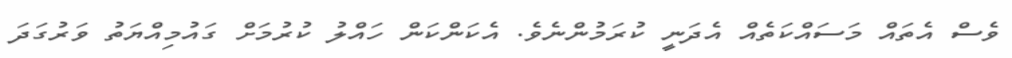
ވެސް އެތައް މަސައްކަތެއް އެދަނީ ކުރަމުންނެވެ. އެކަންކަން ހައްލު ކުރުމަށް ގައުމިއްޔަތު ވަރުގަދަ